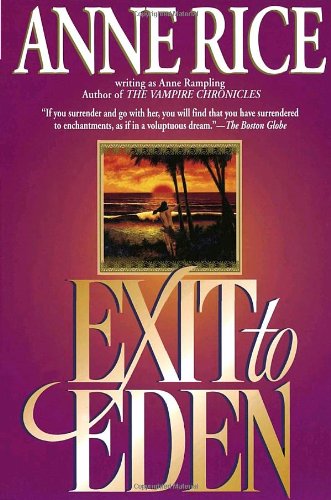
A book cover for Exit to Eden; Anne Rampling; Romance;